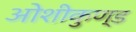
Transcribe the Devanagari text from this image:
ओशीकुण्ड